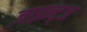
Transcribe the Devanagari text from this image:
ज़ाइन्ट्ज